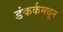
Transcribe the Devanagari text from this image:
डंकर्कमधून